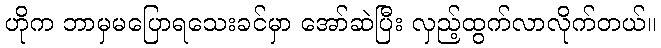
ဟိုက ဘာမှမပြောရသေးခင်မှာ အော်ဆဲပြီး လှည့်ထွက်လာလိုက်တယ်။